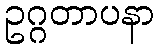
ဥဂ္ဂတာပနာ